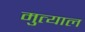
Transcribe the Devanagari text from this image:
मुत्याल